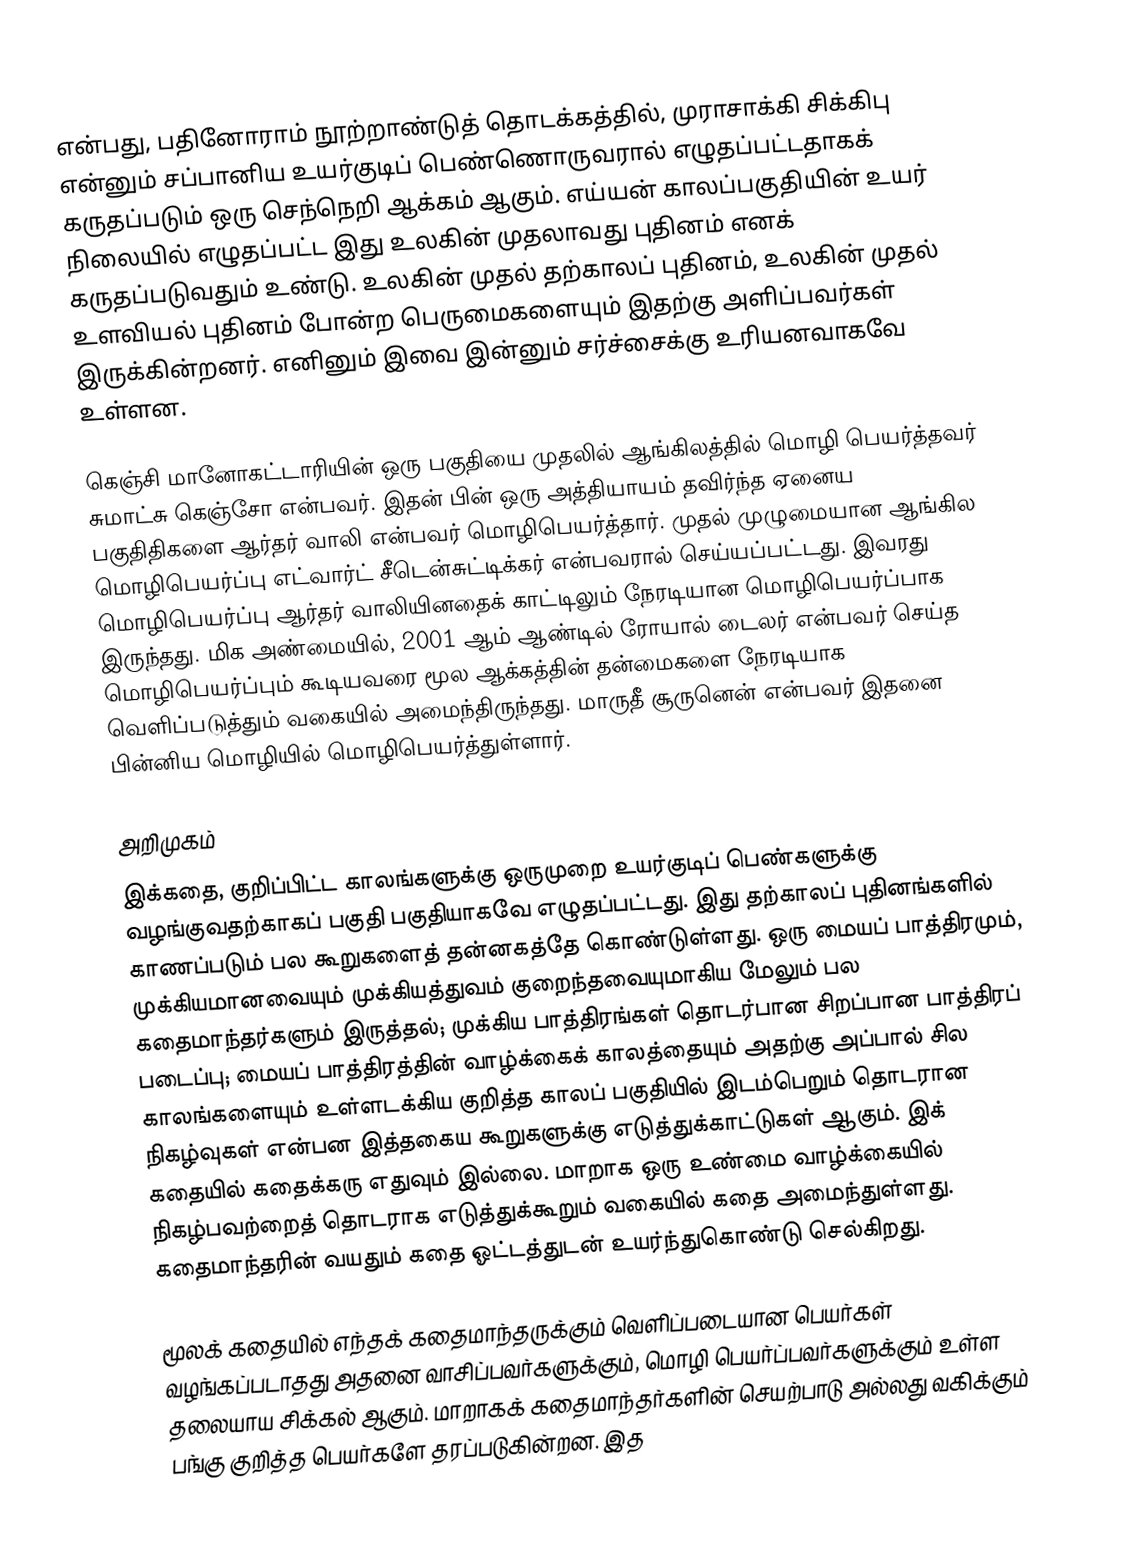
என்பது, பதினோராம் நூற்றாண்டுத் தொடக்கத்தில், முராசாக்கி சிக்கிபு என்னும் சப்பானிய உயர்குடிப் பெண்ணொருவரால் எழுதப்பட்டதாகக் கருதப்படும் ஒரு செந்நெறி ஆக்கம் ஆகும். எய்யன் காலப்பகுதியின் உயர் நிலையில் எழுதப்பட்ட இது உலகின் முதலாவது புதினம் எனக் கருதப்படுவதும் உண்டு. உலகின் முதல் தற்காலப் புதினம், உலகின் முதல் உளவியல் புதினம் போன்ற பெருமைகளையும் இதற்கு அளிப்பவர்கள் இருக்கின்றனர். எனினும் இவை இன்னும் சர்ச்சைக்கு உரியனவாகவே உள்ளன.

கெஞ்சி மானோகட்டாரியின் ஒரு பகுதியை முதலில் ஆங்கிலத்தில் மொழி பெயர்த்தவர் சுமாட்சு கெஞ்சோ என்பவர். இதன் பின் ஒரு அத்தியாயம் தவிர்ந்த ஏனைய பகுதிதிகளை ஆர்தர் வாலி என்பவர் மொழிபெயர்த்தார். முதல் முழுமையான ஆங்கில மொழிபெயர்ப்பு எட்வார்ட் சீடென்சுட்டிக்கர் என்பவரால் செய்யப்பட்டது. இவரது மொழிபெயர்ப்பு ஆர்தர் வாலியினதைக் காட்டிலும் நேரடியான மொழிபெயர்ப்பாக இருந்தது. மிக அண்மையில், 2001 ஆம் ஆண்டில் ரோயால் டைலர் என்பவர் செய்த மொழிபெயர்ப்பும் கூடியவரை மூல ஆக்கத்தின் தன்மைகளை நேரடியாக வெளிப்படுத்தும் வகையில் அமைந்திருந்தது. மாருதீ சூருனென் என்பவர் இதனை பின்னிய மொழியில் மொழிபெயர்த்துள்ளார்.

அறிமுகம்
இக்கதை, குறிப்பிட்ட காலங்களுக்கு ஒருமுறை உயர்குடிப் பெண்களுக்கு வழங்குவதற்காகப் பகுதி பகுதியாகவே எழுதப்பட்டது. இது தற்காலப் புதினங்களில் காணப்படும் பல கூறுகளைத் தன்னகத்தே கொண்டுள்ளது. ஒரு மையப் பாத்திரமும், முக்கியமானவையும் முக்கியத்துவம் குறைந்தவையுமாகிய மேலும் பல கதைமாந்தர்களும் இருத்தல்; முக்கிய பாத்திரங்கள் தொடர்பான சிறப்பான பாத்திரப் படைப்பு; மையப் பாத்திரத்தின் வாழ்க்கைக் காலத்தையும் அதற்கு அப்பால் சில காலங்களையும் உள்ளடக்கிய குறித்த காலப் பகுதியில் இடம்பெறும் தொடரான நிகழ்வுகள் என்பன இத்தகைய கூறுகளுக்கு எடுத்துக்காட்டுகள் ஆகும். இக் கதையில் கதைக்கரு எதுவும் இல்லை. மாறாக ஒரு உண்மை வாழ்க்கையில் நிகழ்பவற்றைத் தொடராக எடுத்துக்கூறும் வகையில் கதை அமைந்துள்ளது. கதைமாந்தரின் வயதும் கதை ஓட்டத்துடன் உயர்ந்துகொண்டு செல்கிறது.

மூலக் கதையில் எந்தக் கதைமாந்தருக்கும் வெளிப்படையான பெயர்கள் வழங்கப்படாதது அதனை வாசிப்பவர்களுக்கும், மொழி பெயர்ப்பவர்களுக்கும் உள்ள தலையாய சிக்கல் ஆகும். மாறாகக் கதைமாந்தர்களின் செயற்பாடு அல்லது வகிக்கும் பங்கு குறித்த பெயர்களே தரப்படுகின்றன. இத